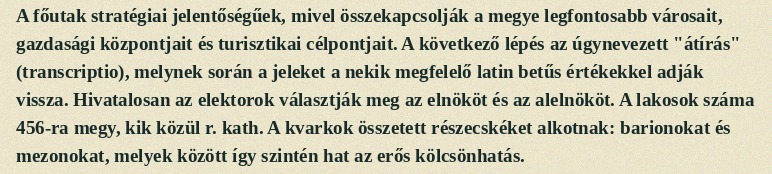
A főutak stratégiai jelentőségűek, mivel összekapcsolják a megye legfontosabb városait, gazdasági központjait és turisztikai célpontjait. A következő lépés az úgynevezett "átírás" (transcriptio), melynek során a jeleket a nekik megfelelő latin betűs értékekkel adják vissza. Hivatalosan az elektorok választják meg az elnököt és az alelnököt. A lakosok száma 456-ra megy, kik közül r. kath. A kvarkok összetett részecskéket alkotnak: barionokat és mezonokat, melyek között így szintén hat az erős kölcsönhatás.